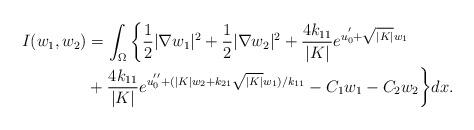
LaTeX: \begin{align*}I(w_1,w_2)&=\int_{\Omega}\bigg\{\dfrac{1}{2}|\nabla w_1|^2+\dfrac{1}{2}|\nabla w_2|^2+\frac{4k_{11}}{|K|}e^{u_0^{'}+\sqrt{|K|}w_1}\\&+\frac{4k_{11}}{|K|}e^{u_0^{''}+(|K|w_2+k_{21}\sqrt{|K|}w_1)/k_{11}}-C_1w_1-C_2 w_2\bigg\}dx.\end{align*}